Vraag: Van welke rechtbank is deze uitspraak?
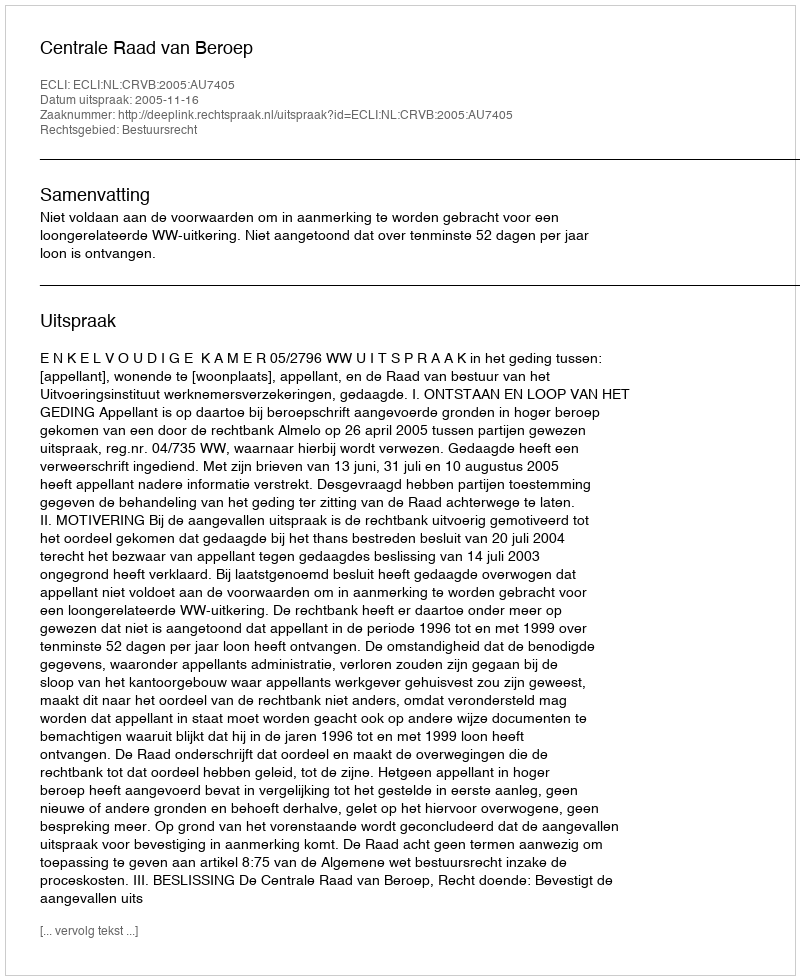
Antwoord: Centrale Raad van Beroep